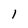
Character: l